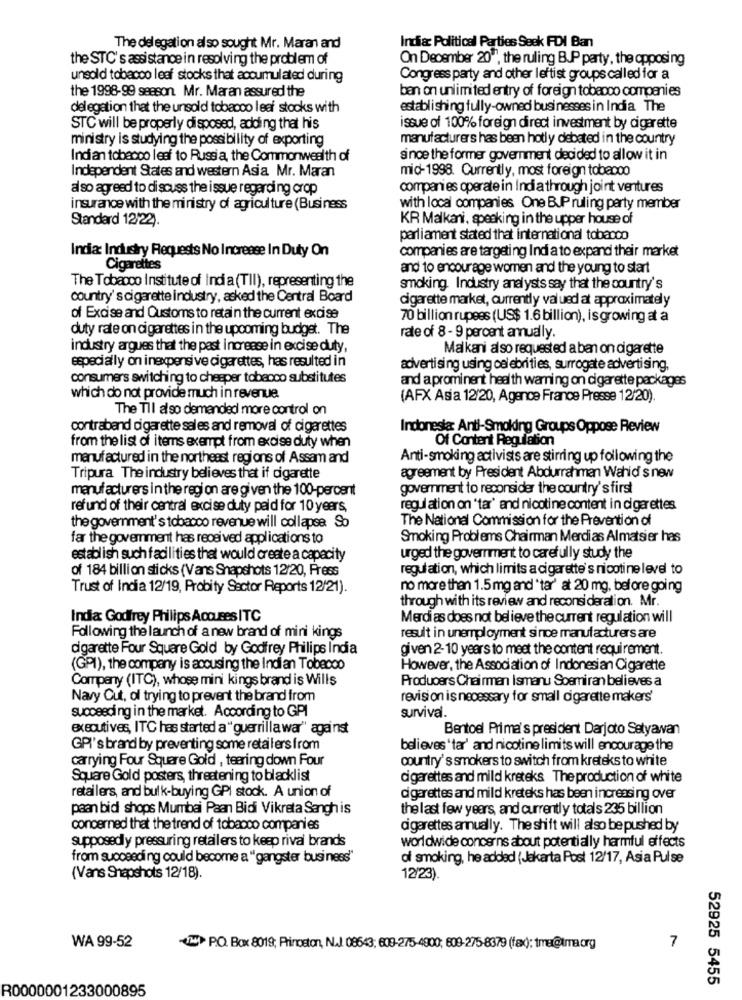
The delegation also sought Mr. Maran and
India: Political Parties Seek FDI Ban
the STC's assistance in resolving the problem of
On December 20", the ruling B.P party, the opposing
unsold tobacco leaf stocks that accumulated during
Congress party and other leftist groups called for a
the 1998-99 season. Mr. Maran assured the
ban on unlimited entry of foreign tobacco companies
delegation that the unsold tobacco leer stocks with
establishing fully-owned businesses in India The
STC will be properly disposed, adding that his
issue of 100% foreign direct investment by cigarette
ministry is studying the possibility of exporting
manufacturers has been hotly debated in the country
Indi an tobacco leaf to Russia, the Commonwealth of
si noe the former government decided to allow it in
Independent States and western Asia Mr. Maran
mid-1998. Currently, most foreign tobacco
also agreed to discuss the issue regarding crop
companies operate in India through joint ventures
insurance with the ministry of agriculture (Business
with local companies One B.P ruling party member
Standard 1222.
KR Malkani, speaking in the upper house of
parliament stated that international tobacco
India: Industry Requests No Increase In Duty On
companies are targeting Indi a to expand their market
Cigarettes
and to encourage women and the young to start
The Tobacco Institute of Ind a (TIl), representing the
smoking. Industry analysts say that the country's
country's cigarette industry, asked the Central Board
cigarette market, currently valued at approximately
of Excise and Customs to retain the current excise
70 billion rupees (US$ 1.6 billion), isgrowing at a
duty rate on cigarettes in the upcoming budget. The
rate of 8 - 9 percent annually.
industry argues that the past increase in excise duty,
Malkani also requested a ban on cigarette
especially on inexpensive cigarettes, has resulted in
advertising using celebrities, surrogate advertising,
consumers switching to cheaper tobacco substitutes
and aprominent health warning on cigarette packages
which do not provide much in revenue
(AFX Asia 12/20, Agence France Presse 12/20).
The Tll also demanded more control on
contraband cigarette sales and removal of cigarettes
Indonesia Anti-Smoking Groups Oppose Review
Of Content Regulation
from the list of items exempt from excise duty when
manufactured in the northeast regions of Assam and
Anti-smoking activists are stirring up following the
Tripura The industry believes that if cigarette
agreement by President Abdurrahman Wahid s new
manufacturers in the region are given the 100-percent
government to reconsider the country's first
refund of their central excise duty paid for 10 years,
regulation on "tar' and nicotine content in cigarettes
The National Commission for the Prevention of
the government's tobacco revenue will collapse. So
far the government has received applications to
Smoking Problems Chairman Merdias Almatsier has
establish such facilities that would create a capacity
urged the government to carefully study the
of 184 billion sticks (Vans Snapshots 12/20, Press
regulation, which limits a cigarette's nicotine level to
Trust of India 12/19, Probity Sector Reports 12/21).
no more than 1.5 mg and "tar' at 20 mg, before going
through with its review and reconsideration. Mr.
India Godfrey Philips Accuses ITC
Merdi as does not believe the current regulation will
Following the launch of a new brand of mini kings
result in unemployment since manufacturers are
cigarette Four Square Gold by Godfrey Philips India
given 2-10 years to meet the content requirement.
(GPI), the company is acousing the Indian Tobacco
However, the Association of Indonesian Cigarette
Company (ITC), whose mini kings brand is Wills
Producers Chairman Ismanu Soemiran believes a
Nary Cut, of trying to prevent the brand from
revision is necessary for small cigarette makers'
survival.
succeeding in the market. According to GPI
executives, ITC has started a "guerrilla war" against
Bentoel Prima's president Darjoto Setyawan
GRI's brand by preventing some retailers from
believes 'tar' and nicotine limits will encourage the
carrying Four Square Gold , tearing down Four
country's smokers to switch from kreteks to white
Square Gold posters, threatening to blacklist
cigarettes and mild kreteks The production of white
retailers, and bulk-buying GPI stock. A union of
cigarettes and mild kreteks has been increasing over
paan bid shops Mumbai Paan Bidi Vikreta Sangh is
the last few years, and currently totals 235 billion
concerned that the trend of tobacco companies
cigarettes annually. The shift will also be pushed by
supposedly pressuring retailers to keep rival brands
worldwide concerns about potentially harmful effects
from succeeding could become a "gangster business"
of smoking, he added (Jakarta Post 12/17, Asia Pulse
(Vans Snapshots 12/18).
12/23).
7
WA 99-52
UM PO. Box 8019; Princeton, N.J. 08643; 609-275-4900; 608-275-8379 (fax); tme@tma.org
52925 5455
R0000001233000895